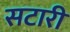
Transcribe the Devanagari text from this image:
सटारी